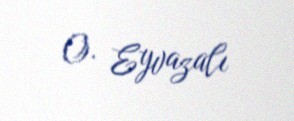
O. Eyvazalı